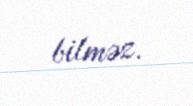
bilməz.